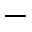
-